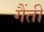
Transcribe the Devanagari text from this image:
गैंती